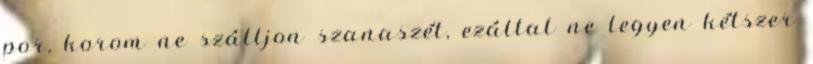
por, korom ne szálljon szanaszét, ezáltal ne legyen kétszer